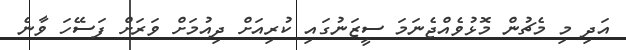
އަދި މި މެޗުން މޮޅުވެއްޖެނަމަ ސީޒަނުގައި ކުރިއަށް ދިއުމަށް ވަރަށް ފަސޭހަ ވާނެ